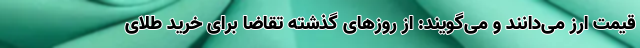
قیمت ارز می‌دانند و می‌گویند: از روزهای گذشته تقاضا برای خرید طلای